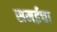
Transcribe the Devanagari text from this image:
समईचा